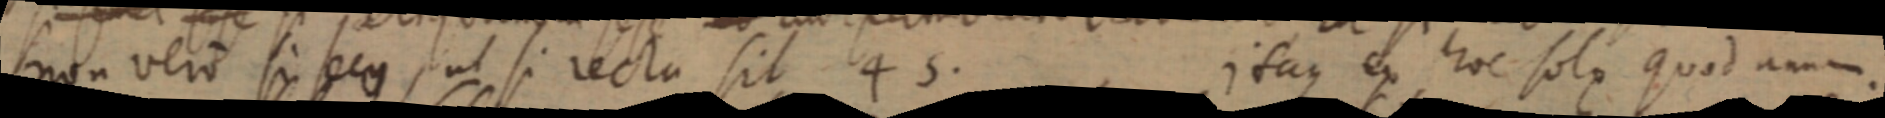
non vero si scu, ut si recta sit 45. itaque ex hoc sole quod amm